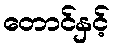
တောင်နှင့်